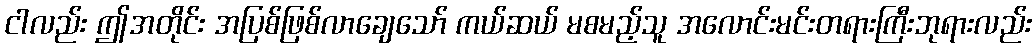
ငါလည်း ဤအတိုင်း အပြစ်ဖြစ်လာချေသော် ကယ်ဆယ် မစမည့်သူ အလောင်းမင်းတရားကြီးဘုရားလည်း